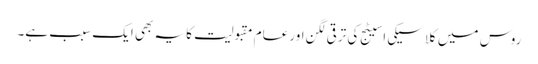
روس میں کلاسیکی اسیٹج کی ترقی لگن اور عام مقبولیت کا یہ بھی ایک سبب ہے۔